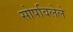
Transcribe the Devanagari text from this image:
सोपविलेले